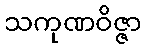
သကုဏဝိဇ္ဇာ